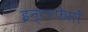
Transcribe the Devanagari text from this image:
इन्टरफेसों